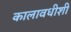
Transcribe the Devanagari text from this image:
कालावधीशी